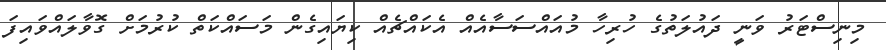
މިނިސްޓަރު ވަނީ ދައުލަތުގެ ހުރިހާ މުއައްސަސާއެއް އެކައްޗެއް ކިޔައިގެން މަސައްކަތް ކުރުމަށް ގޮވާލައްވައިފަ